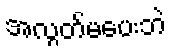
အလွတ်မပေးဘဲ